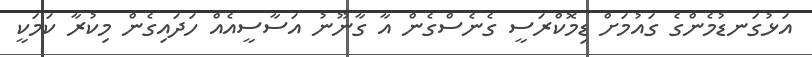
އަޅުގަނޑުމެންގެ ގައުމަށް ޑިމޮކްރަސީ ގެނެސްގެން އާ ގާނޫނު އަސާސީއެއް ހަދައިގެން މިކުރާ ކަމަކީ